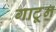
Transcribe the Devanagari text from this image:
गाटून